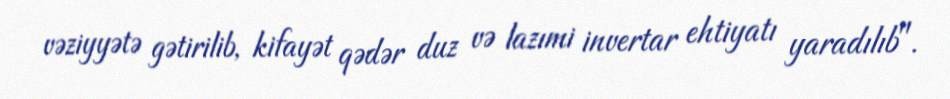
vəziyyətə gətirilib, kifayət qədər duz və lazımi invertar ehtiyatı yaradılıb".